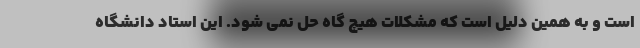
است و به همین دلیل است که مشکلات هیچ گاه حل نمی شود. این استاد دانشگاه